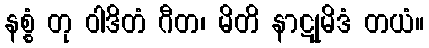
နစ္စံ တု ဝါဒိတံ ဂီတ၊ မိတိ နာဋုမိဒံ တယံ။